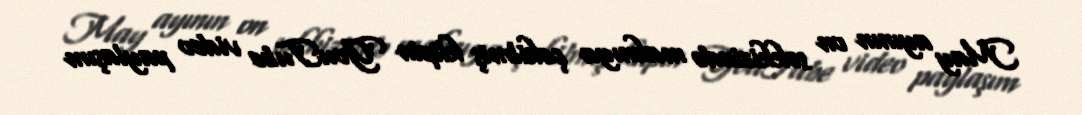
May ayının on səkkizində mahnıya çəkilmiş klipin YouTube video paylaşım